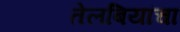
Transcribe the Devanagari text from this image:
तेलबियांचा